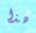
هذا